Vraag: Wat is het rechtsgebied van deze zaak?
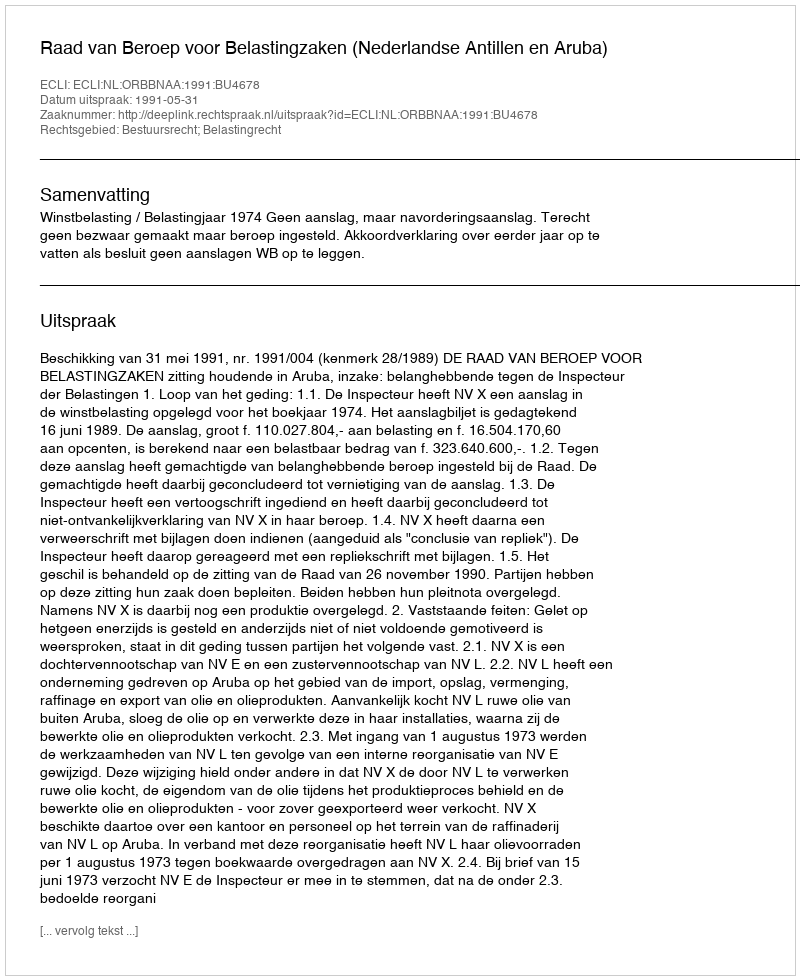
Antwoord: Bestuursrecht; Belastingrecht